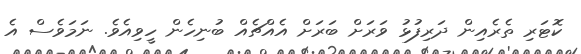
ކޮޓަރި ތެރެއިން ދަރިފުޅު ވަރަށް ބަރަށް އެއްޗެއް ބުނިހެން ހީވިއެވެ. ނަމަވެސް އެ